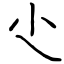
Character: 尐